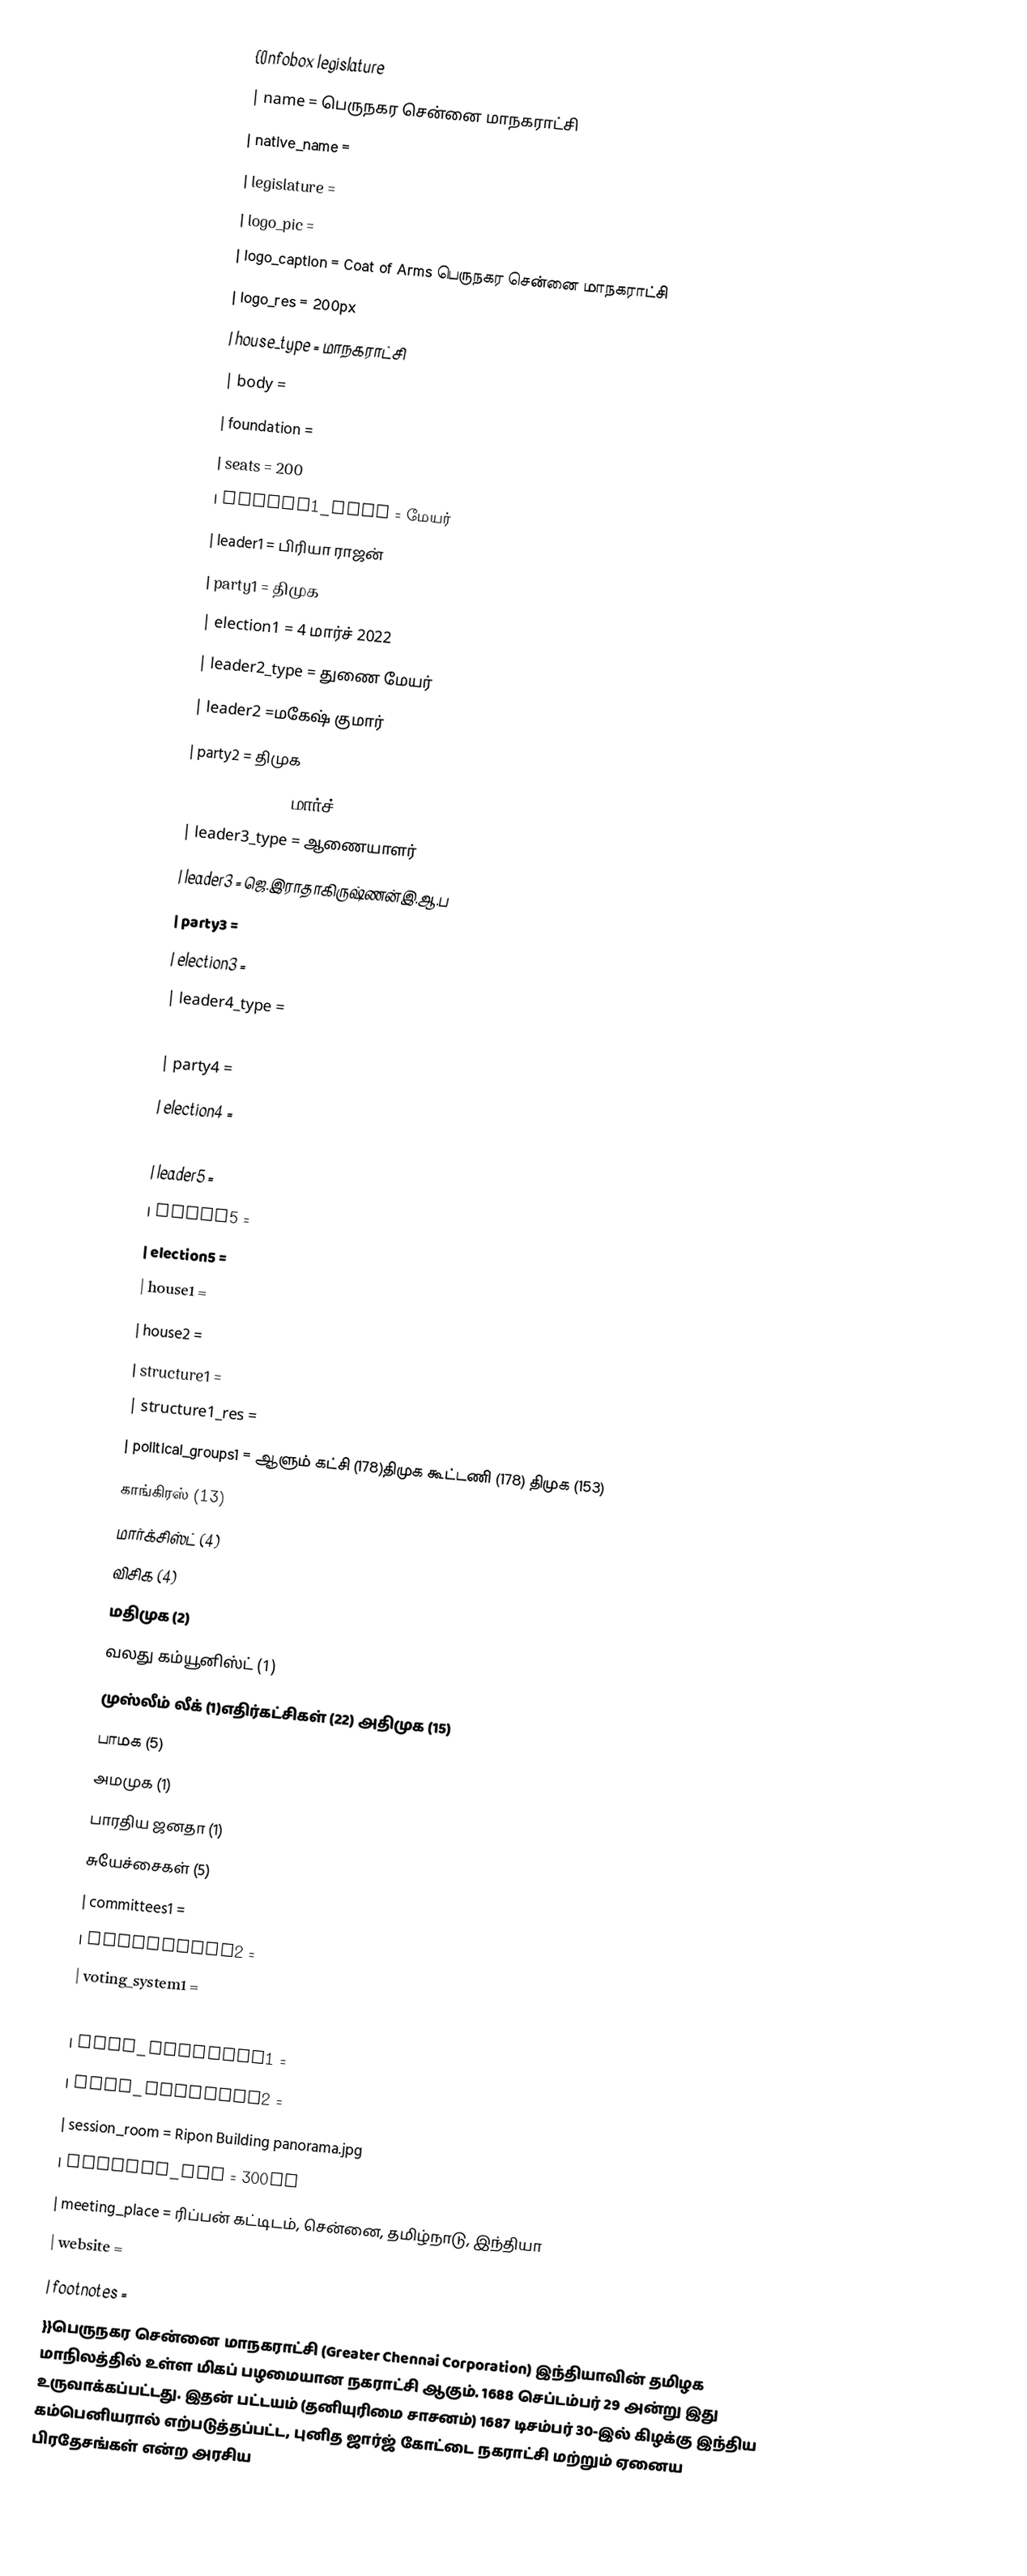
{{Infobox legislature
 | name               = பெருநகர சென்னை மாநகராட்சி
 | native_name        =
 | legislature        =
 | logo_pic           =
 | logo_caption       = Coat of Arms  பெருநகர சென்னை மாநகராட்சி
 | logo_res           = 200px
 | house_type         = மாநகராட்சி
 | body               =
 | foundation         =
 | seats              = 200
 | leader1_type       = மேயர்
 | leader1            = பிரியா ராஜன்
 | party1             = திமுக
 | election1          = 4 மார்ச் 2022
 | leader2_type       = துணை மேயர்
 | leader2            =மகேஷ் குமார்
 | party2             = திமுக
 | election2          = 4 மார்ச் 2022
 | leader3_type       = ஆணையாளர்
 | leader3            = ஜெ.இராதாகிருஷ்ணன்இ.ஆ.ப
 | party3             =
 | election3          =
 | leader4_type       =
 | leader4            =
 | party4             =
 | election4          =
 | leader5_type       =
 | leader5            =
 | party5             =
 | election5          =
 | house1             =
 | house2             =
 | structure1         =
 | structure1_res     =
 | political_groups1  = ஆளும் கட்சி (178)திமுக கூட்டணி  (178) திமுக (153)
 காங்கிரஸ் (13)
 மார்க்சிஸ்ட் (4)
 விசிக (4)
 மதிமுக (2)
 வலது கம்யூனிஸ்ட் (1)
 முஸ்லீம் லீக் (1)எதிர்கட்சிகள் (22) அதிமுக (15)
 பாமக (5)
 அமமுக (1)
 பாரதிய ஜனதா (1)
 சுயேச்சைகள் (5)
 | committees1        =
 | committees2        =
 | voting_system1     =
 | voting_system2     =
 | last_election1     =
 | last_election2     =
 | session_room       = Ripon Building panorama.jpg
 | session_res        = 300px
 | meeting_place      = ரிப்பன் கட்டிடம், சென்னை, தமிழ்நாடு, இந்தியா
 | website            =
 | footnotes          =
}}பெருநகர சென்னை மாநகராட்சி (Greater Chennai Corporation) இந்தியாவின் தமிழக மாநிலத்தில் உள்ள மிகப் பழமையான நகராட்சி ஆகும். 1688 செப்டம்பர் 29 அன்று இது உருவாக்கப்பட்டது. இதன் பட்டயம் (தனியுரிமை சாசனம்) 1687 டிசம்பர் 30-இல் கிழக்கு இந்திய கம்பெனியரால் எற்படுத்தப்பட்ட, புனித ஜார்ஜ் கோட்டை நகராட்சி மற்றும் ஏனைய பிரதேசங்கள் என்ற அரசிய